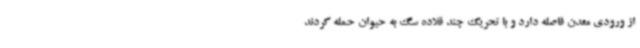
از ورودی معدن فاصله دارد و با تحریک چند قلاده سگ به حیوان حمله کردند